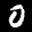
Label: 0